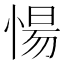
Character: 愓